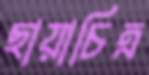
ছায়াচিত্র